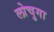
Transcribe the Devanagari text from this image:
लोचुगा